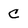
Character: C